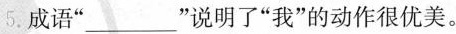
5.成语”_____”说明了”我”的动作很优美。